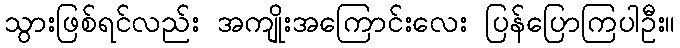
သွားဖြစ်ရင်လည်း အကျိုးအကြောင်းလေး ပြန်ပြောကြပါဦး။